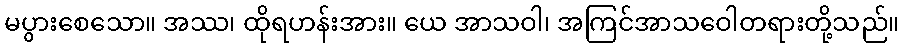
မပွားစေသော။ အဿ၊ ထိုရဟန်းအား။ ယေ အာသဝါ၊ အကြင်အာသဝေါတရားတို့သည်။